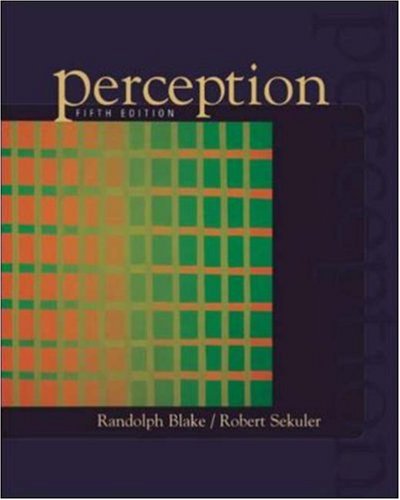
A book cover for Perception; Randolph Blake; Medical Books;